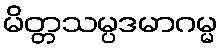
မိတ္တသမ္ပဒမာဂမ္မ